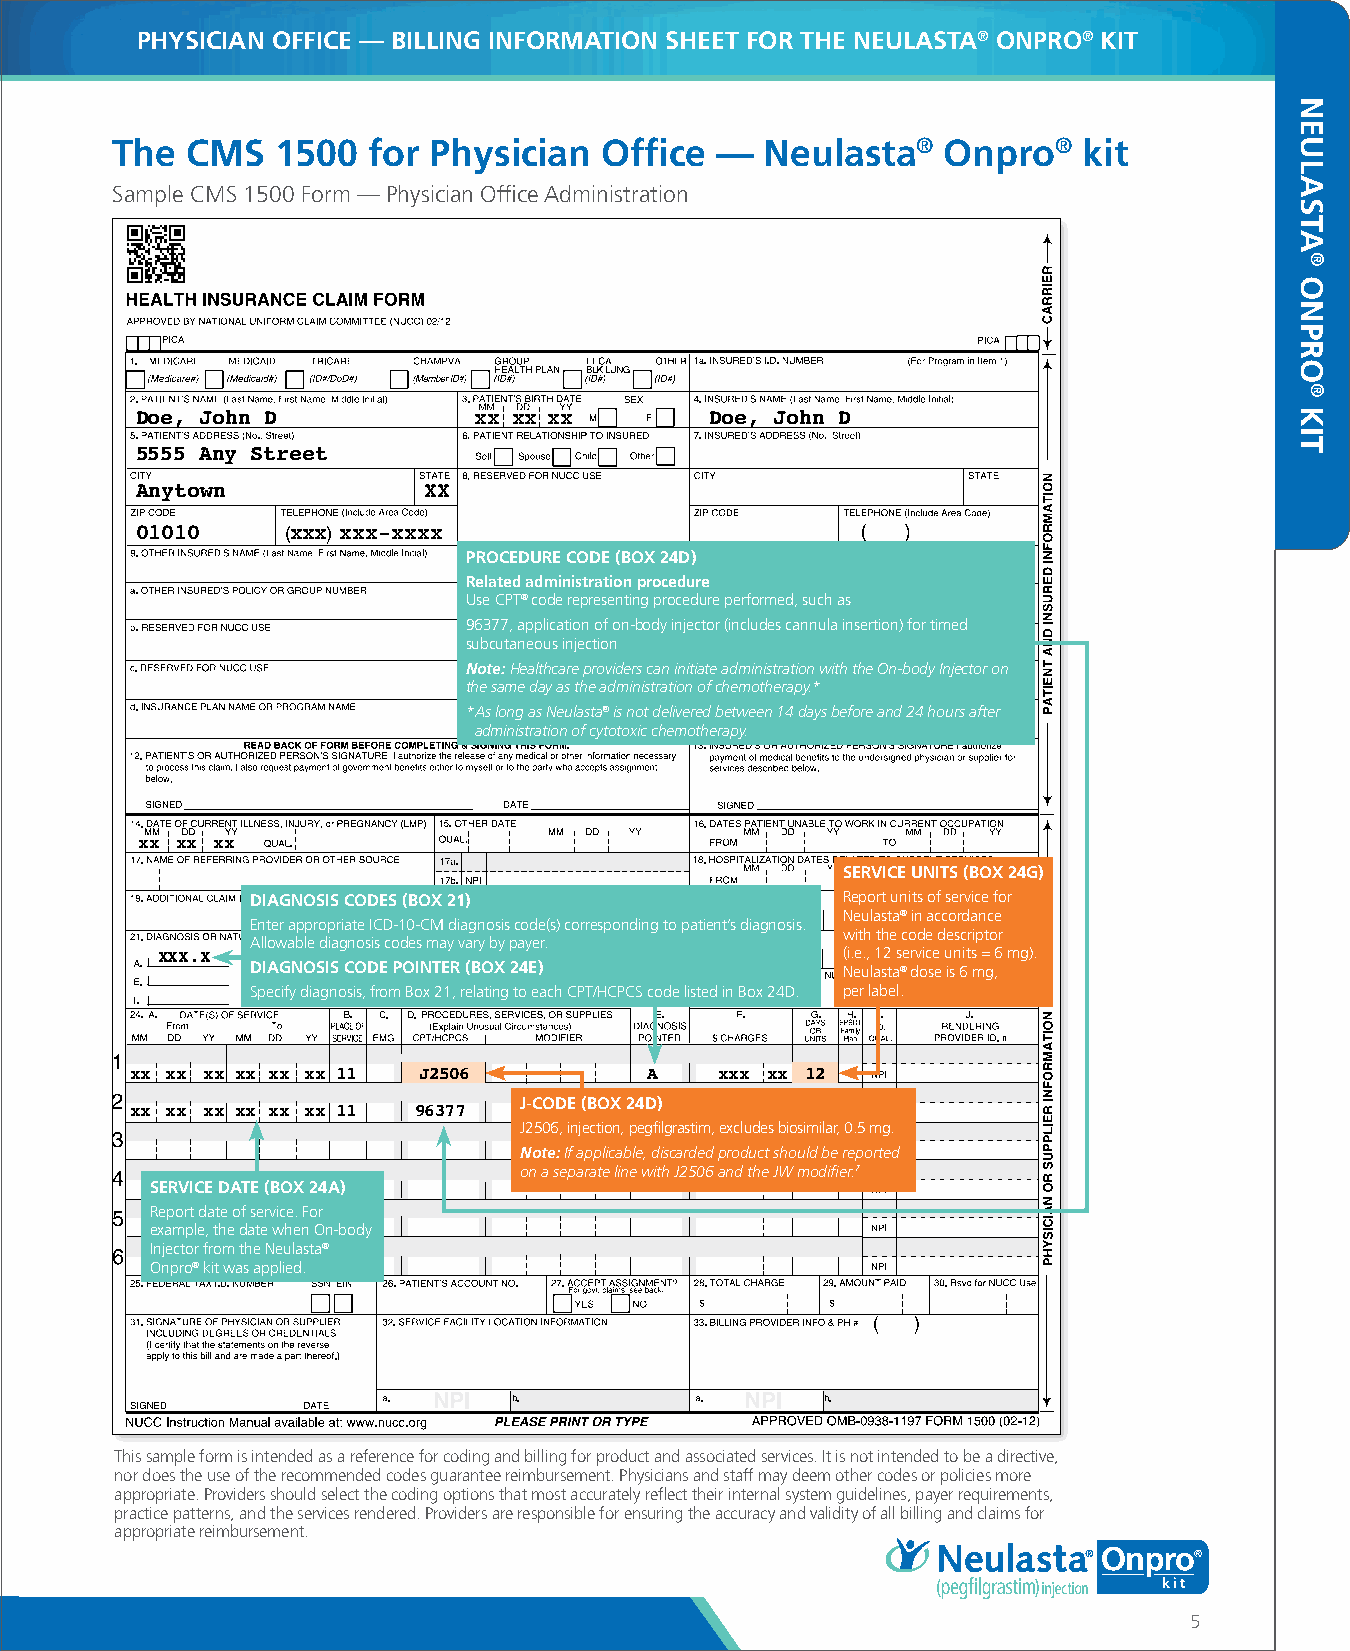
PHYSICIAN OFFICE — BILLING INFORMATION SHEET FOR THE NEULASTA® ONPRO® KIT
 The  CMS   1500  for Physician   Office —   Neulasta®   Onpro®   kit
 Sample CMS 1500 Form — Physician Office Administration
 Doe, John D           xx xx xx        Doe, John D
 5555 Any Street
 Anytown            XX
 01010     xxx xxx-xxxx
 PROCEDURE CODE (BOX 24D)
 Related administration procedure
 Use CPT® code representing procedure performed, such as
 96377, application of on-body injector (includes cannula insertion) for timed
 subcutaneous injection
 Note: Healthcare providers can initiate administration with the On-body Injector on
 the same day as the administration of chemotherapy.*
 *A s long as Neulasta® is not delivered between 14 days before and 24 hours after
 administration of cytotoxic chemotherapy.
 xx xx xx
 SERVICE UNITS (BOX 24G)
 DIAGNOSIS CODES (BOX 21)               Report units of service for
 Neulasta® in accordance
 Enter appropriate ICD-10-CM diagnosis code(s) corresponding to patient’s diagnosis.
 with the code descriptor
 Allowable diagnosis codes may vary by payer.
 XXX.X                                         (i.e., 12 service units = 6 mg).
 DIAGNOSIS CODE POINTER (BOX 24E)       Neulasta® dose is 6 mg,
 Specify diagnosis, from Box 21, relating to each CPT/HCPCS code listed in Box 24D. per label.
 xx xx xx xx xx xx 11 J2506        A    xxx xx 12
 J-CODE (BOX 24D)
 xx xx xx xx xx xx 11 96377             A  xx 1
 J2506, injection, pegfilgrastim, excludes biosimilar, 0.5 mg.
 Note: If applicable, discarded product should be reported
 on a separate line with J2506 and the JW modifier.7
 SERVICE DATE (BOX 24A)
 Report date of service. For
 example, the date when On-body
 Injector from the Neulasta®
 Onpro® kit was applied.
 This sample form is intended as a reference for coding and billing for product and associated services. It is not intended to be a directive,
 nor does the use of the recommended codes guarantee reimbursement. Physicians and staff may deem other codes or policies more
 appropriate. Providers should select the coding options that most accurately reflect their internal system guidelines, payer requirements,
 practice patterns, and the services rendered. Providers are responsible for ensuring the accuracy and validity of all billing and claims for
 appropriate reimbursement.
 5
 NNEEUULLAASSTTAA
 OONNPPRROO
 KKIITT
 ®®
 ®®